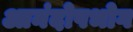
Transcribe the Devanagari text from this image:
आनंदोपभोग